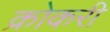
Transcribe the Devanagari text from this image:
क्रोकरी